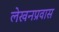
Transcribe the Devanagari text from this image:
लेखनप्रवास